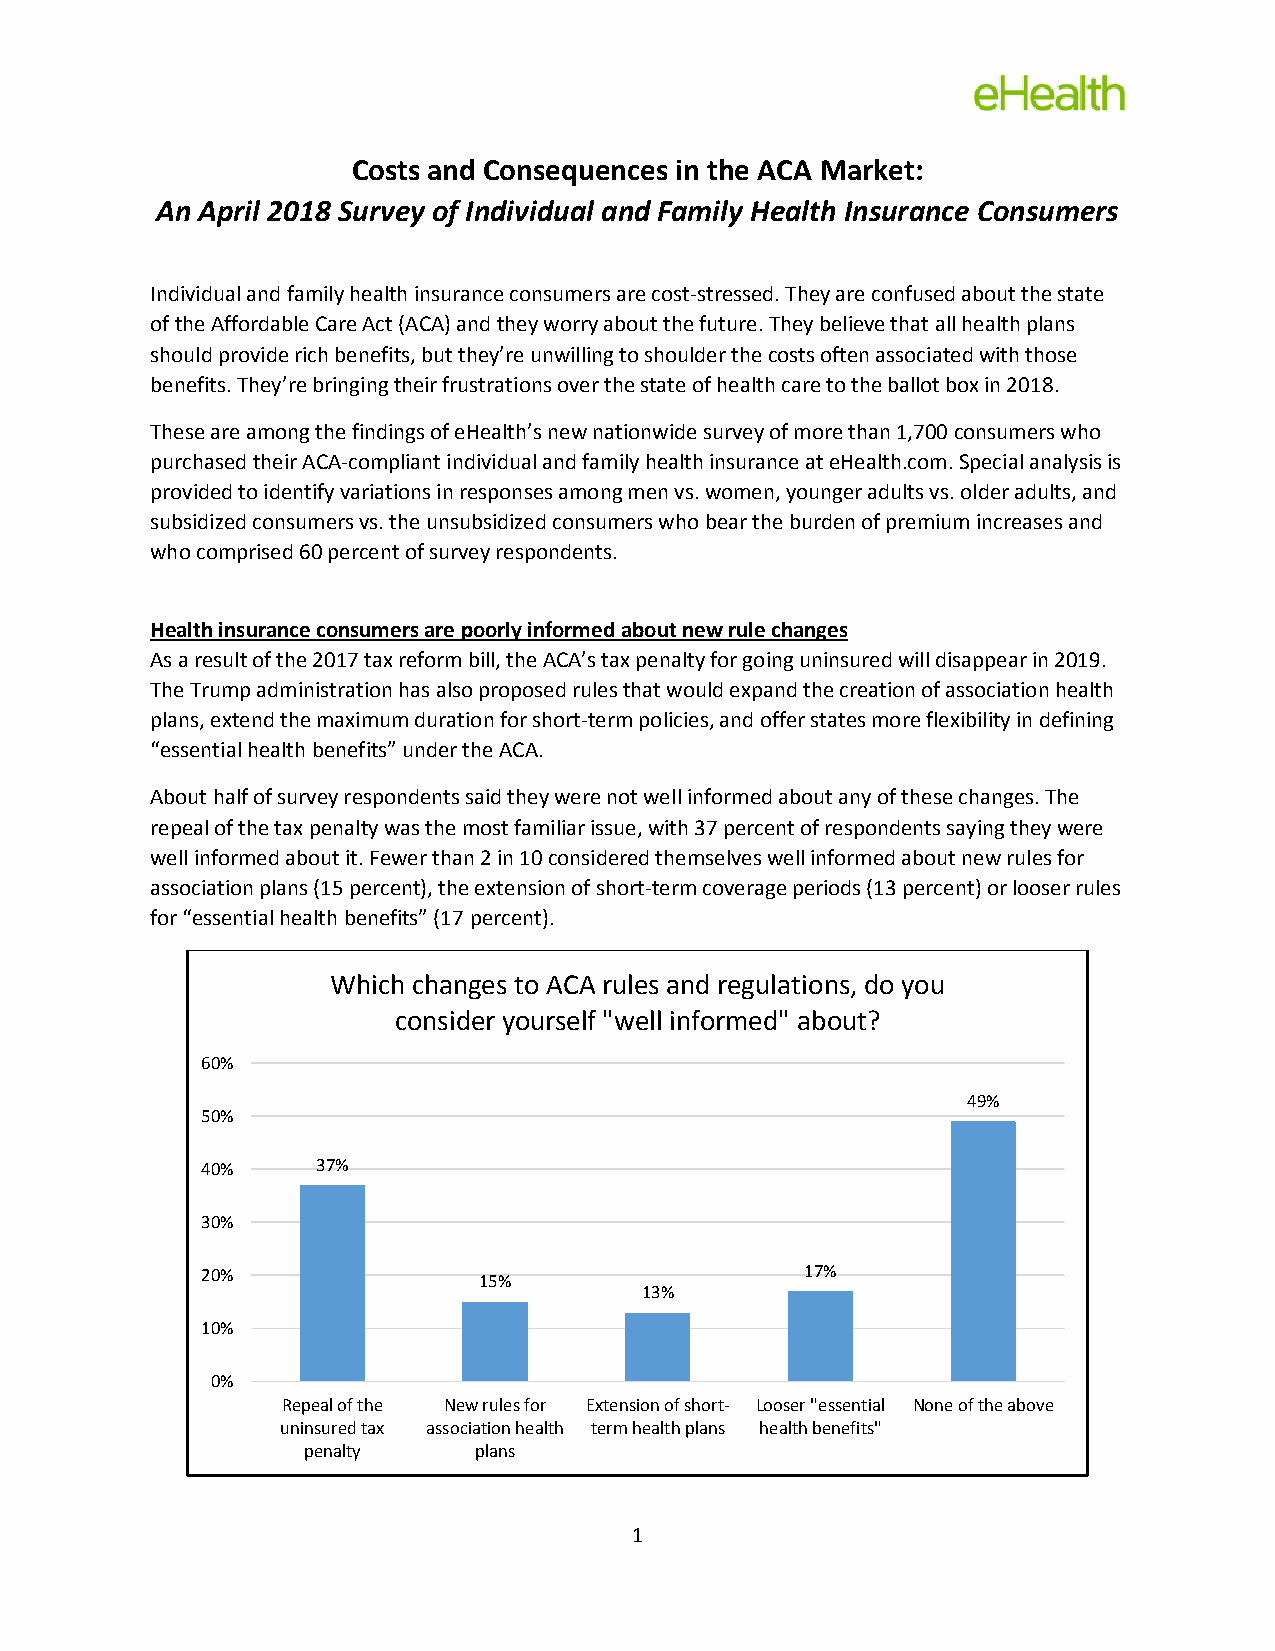
Costs and Consequences in the ACA Market:
 An April 2018 Survey of Individual and Family Health Insurance Consumers
 Individual and family health insurance consumers are cost-stressed. They are confused about the state
 of the Affordable Care Act (ACA) and they worry about the future. They believe that all health plans
 should provide rich benefits, but they’re unwilling to shoulder the costs often associated with those
 benefits. They’re bringing their frustrations over the state of health care to the ballot box in 2018.
 These are among the findings of eHealth’s new nationwide survey of more than 1,700 consumers who
 purchased their ACA-compliant individual and family health insurance at eHealth.com. Special analysis is
 provided to identify variations in responses among men vs. women, younger adults vs. older adults, and
 subsidized consumers vs. the unsubsidized consumers who bear the burden of premium increases and
 who comprised 60 percent of survey respondents.
 Health insurance consumers are poorly informed about new rule changes
 As a result of the 2017 tax reform bill, the ACA’s tax penalty for going uninsured will disappear in 2019.
 The Trump administration has also proposed rules that would expand the creation of association health
 plans, extend the maximum duration for short-term policies, and offer states more flexibility in defining
 “essential health benefits” under the ACA.
 About half of survey respondents said they were not well informed about any of these changes. The
 repeal of the tax penalty was the most familiar issue, with 37 percent of respondents saying they were
 well informed about it. Fewer than 2 in 10 considered themselves well informed about new rules for
 association plans (15 percent), the extension of short-term coverage periods (13 percent) or looser rules
 for “essential health benefits” (17 percent).
 Which changes to ACA rules and regulations, do you
 consider yourself "well informed" about?
 60%
 49%
 50%
 40%     37%
 30%
 20%                                     17%
 15%
 13%
 10%
 0%
 Repeal of the New rules for Extension of short- Looser "essential None of the above
 uninsured tax association health term health plans health benefits"
 penalty    plans
 1